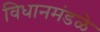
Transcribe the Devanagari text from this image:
विधानमंडळे